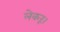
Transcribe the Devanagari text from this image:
लेकरूं।